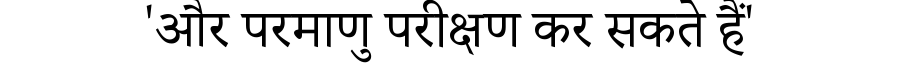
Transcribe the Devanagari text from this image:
'और परमाणु परीक्षण कर सकते हैं'